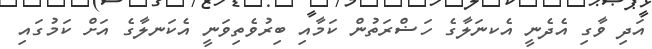
އަދި ވާގި އެދެނީ އެކނަލާގެ ހަޟްރަތުން ކަމާއި ބިރުވެތިވަނީ އެކަނލާގެ އަށް ކަމުގައި